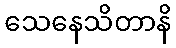
သေနေသိတာနိ